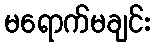
မရောက်မချင်း